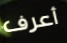
أعرف